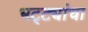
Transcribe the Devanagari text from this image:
भट्ट्यांचा